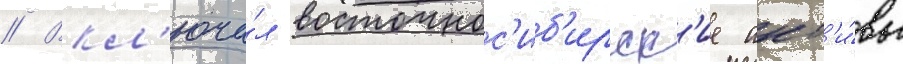
// Вкл'юча́л восточнос'иб'ирск'ие акт'и́вы